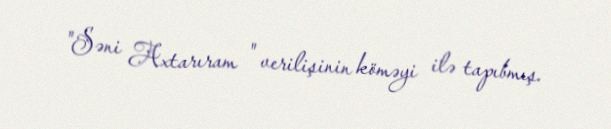
"Səni Axtarıram " verilişinin köməyi ilə tapıbmış.